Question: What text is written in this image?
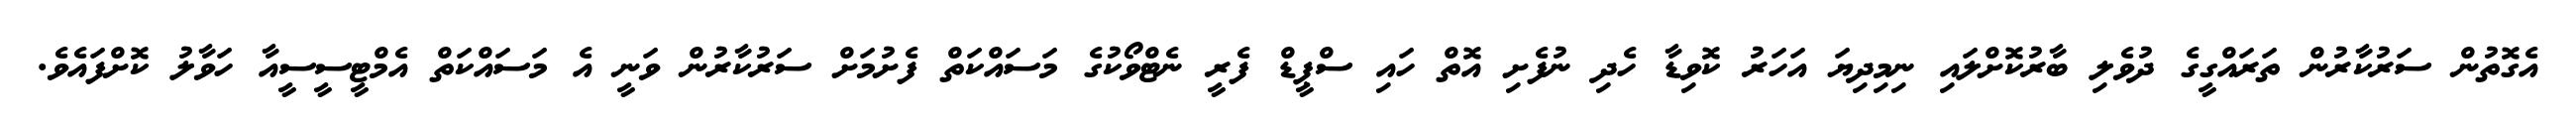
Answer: އެގޮތުން ސަރުކާރުން ތަރައްގީގެ ދުވެލި ބާރުކޮށްލައި ނިމިދިޔަ އަހަރު ކޮވިޑާ ހެދި ނުފެށި އޮތް ހައި ސްޕީޑް ފެރީ ނެޓްވޯކުގެ މަސައްކަތް ފެށުމަށް ސަރުކާރުން ވަނީ އެ މަސައްކަތް އެމްޓީސީސީއާ ހަވާލު ކޮށްފައެވެ.